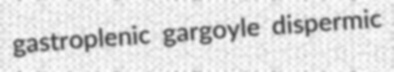
gastroplenic gargoyle dispermic